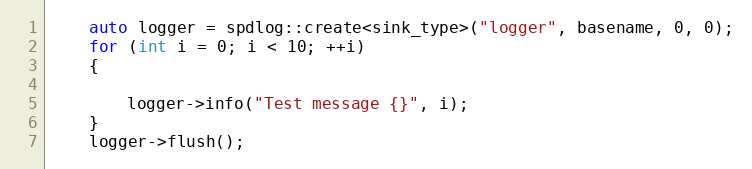
Language: C++
    auto logger = spdlog::create<sink_type>("logger", basename, 0, 0);
    for (int i = 0; i < 10; ++i)
    {

        logger->info("Test message {}", i);
    }
    logger->flush();